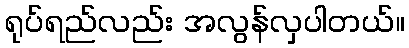
ရုပ်ရည်လည်း အလွန်လှပါတယ်။